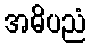
အဓိပညံ